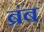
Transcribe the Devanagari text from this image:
ब्रंब